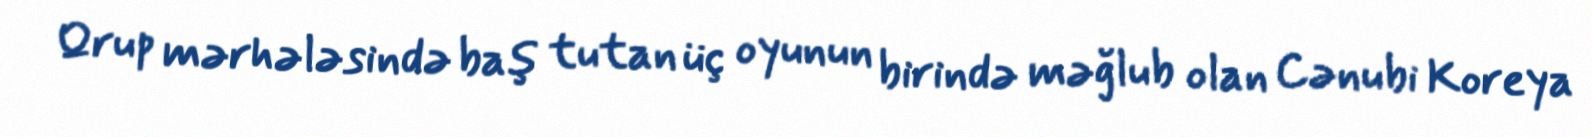
Qrup mərhələsində baş tutan üç oyunun birində məğlub olan Cənubi Koreya